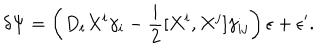
\delta \Psi = \left( D _ { t } X ^ { i } \gamma _ { i } - { \frac { i } { 2 } } [ X ^ { i } , X ^ { j } ] \gamma _ { i j } \right) \epsilon + \epsilon ^ { \prime } .